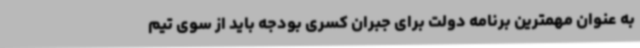
به عنوان مهمترین برنامه دولت برای جبران کسری بودجه باید از سوی تیم